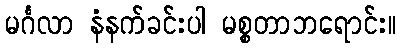
မင်္ဂလာ နံနက်ခင်းပါ မစ္စတာဘရောင်း။